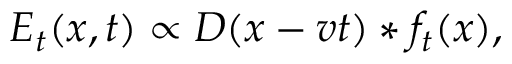
E _ { t } ( x , t ) \propto D ( x - v t ) * f _ { t } ( x ) ,